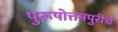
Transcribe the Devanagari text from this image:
पुरूषोत्तमपुरीचे